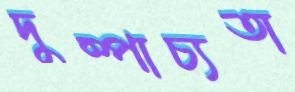
দুষ্পাচ্যতা